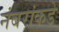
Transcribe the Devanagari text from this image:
नंबरांकडे